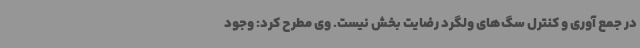
در جمع آوری و کنترل سگ‌های ولگرد رضایت بخش نیست. وی مطرح کرد: وجود